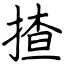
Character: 揸